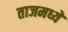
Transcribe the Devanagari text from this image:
ताजमध्ये